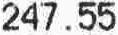
247.55